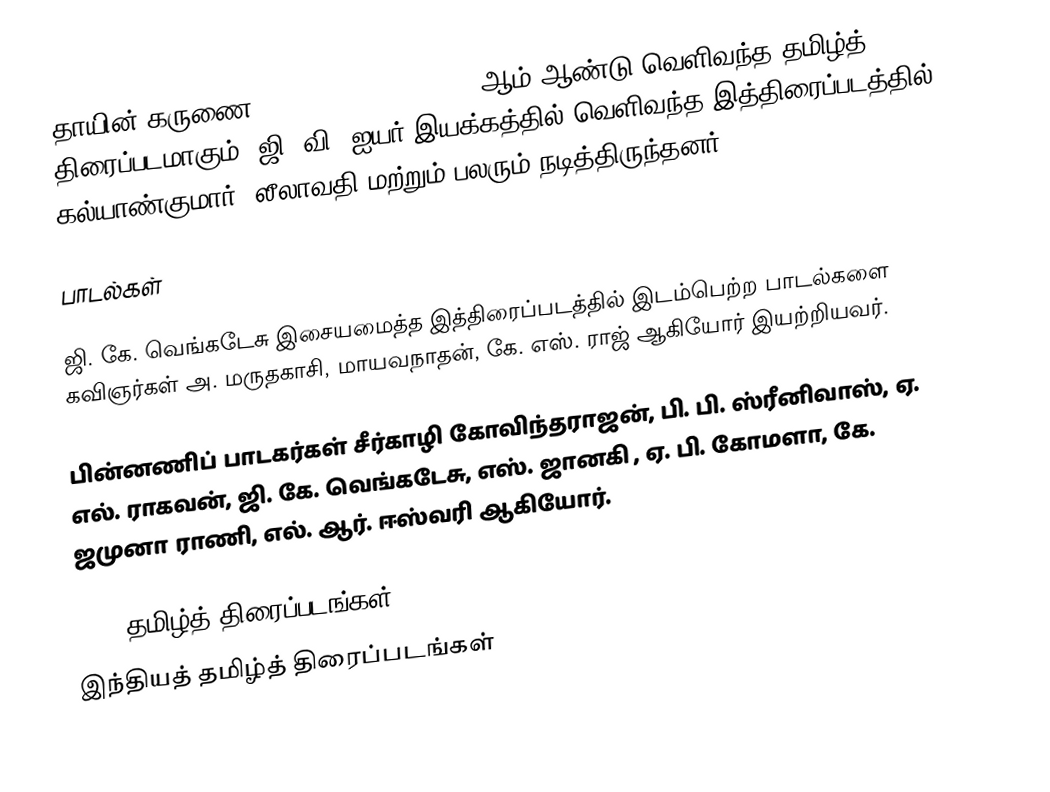
தாயின் கருணை (Thayin Karunai) 1965 ஆம் ஆண்டு வெளிவந்த தமிழ்த் திரைப்படமாகும். ஜி. வி. ஐயர் இயக்கத்தில் வெளிவந்த இத்திரைப்படத்தில் கல்யாண்குமார், லீலாவதி மற்றும் பலரும் நடித்திருந்தனர்.

பாடல்கள்

ஜி. கே. வெங்கடேசு இசையமைத்த இத்திரைப்படத்தில் இடம்பெற்ற பாடல்களை கவிஞர்கள் அ. மருதகாசி, மாயவநாதன், கே. எஸ். ராஜ் ஆகியோர் இயற்றியவர்.

பின்னணிப் பாடகர்கள் சீர்காழி கோவிந்தராஜன், பி. பி. ஸ்ரீனிவாஸ், ஏ. எல். ராகவன், ஜி. கே. வெங்கடேசு, எஸ். ஜானகி , ஏ. பி. கோமளா, கே. ஜமுனா ராணி, எல். ஆர். ஈஸ்வரி ஆகியோர்.

1965 தமிழ்த் திரைப்படங்கள்
இந்தியத் தமிழ்த் திரைப்படங்கள்